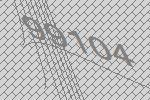
99104